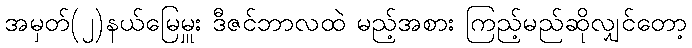
အမှတ်(၂)နယ်မြေမှူး ဒီဇင်ဘာလထဲ မည့်အစား ကြည့်မည်ဆိုလျှင်တော့